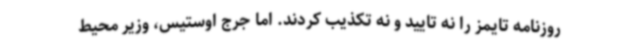
روزنامه تایمز را نه تایید و نه تکذیب کردند. اما جرج اوستیس، وزیر محیط